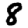
Digit: 8